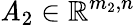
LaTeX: \mathit{A}_{2}\in\mathbb{{R}}^{m_{2},n}